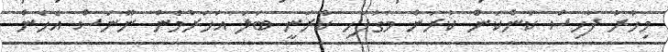
މިހާރު ފާހިސް ކަންކަން ކުރަން މަގުފަހި ކުރަނީ ބަލަ އަހަރުމެން ނޫނަސް އެހެން